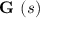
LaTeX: { \textbf { G } } ( s )